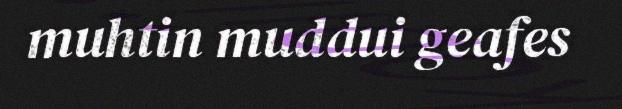
muhtin muddui geafes